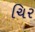
ચિર